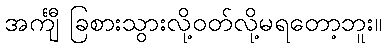
အင်္ကျီ ခြစားသွားလို့ဝတ်လို့မရတော့ဘူး။